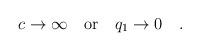
LaTeX: \begin{align*}c\rightarrow \infty \quad \mbox{or} \quad q_1\rightarrow 0 \quad .\end{align*}